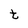
Character: t